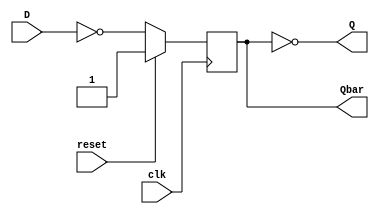

module PEdge_DFlipFlop(D, clk, reset, Q, Qbar);

    input D, clk, reset;
    output reg Qbar;
    output Q;

    assign Q = ~Qbar;

    always @(posedge clk)
    begin
        if (reset == 1'b1)
            Qbar = 1'b1;
        else
            Qbar = ~D;
    end

endmodule